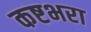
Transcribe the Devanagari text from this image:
कष्टभरा